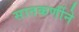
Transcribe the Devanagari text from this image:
सातकर्णीने